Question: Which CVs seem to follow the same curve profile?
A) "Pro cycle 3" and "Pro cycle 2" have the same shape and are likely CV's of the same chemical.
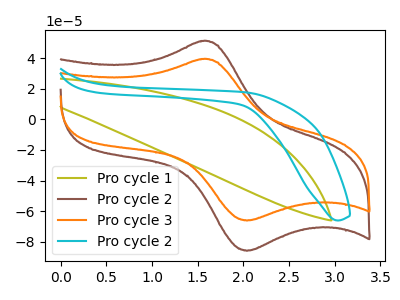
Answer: <think>The olive curve "Pro cycle 1" has no peaks. The brown curve "Pro cycle 2" has an anodic peak at (1.55V, 51.15uA) and a cathodic peak at (2.05V, -85.75uA). The orange curve "Pro cycle 3" has an anodic peak at (1.55V, 39.35uA) and a cathodic peak at (2.05V, -66.00uA). The cyan curve "Pro cycle 2" has no peaks.
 "Pro cycle 1" and "Pro cycle 2" have a different number of peaks. "Pro cycle 1" and "Pro cycle 3" have a different number of peaks. Neither "Pro cycle 1" or "Pro cycle 2" have any peaks. All the peaks in "Pro cycle 2" have a peak in "Pro cycle 3" at the same potential. Every peak in "Pro cycle 2" is higher than every peak in "Pro cycle 3". "Pro cycle 2" and "Pro cycle 2" have a different number of peaks. "Pro cycle 3" and "Pro cycle 2" have a different number of peaks.</think>
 <answer>A) "Pro cycle 3" and "Pro cycle 2" have the same shape and are likely CV's of the same chemical.</answer>
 <eval>A</eval>